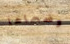
وضحاها